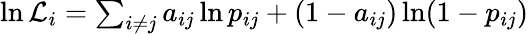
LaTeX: \begin{array}{r}{\ln\mathcal{L}_{i}=\sum_{i\neq j}a_{ij}\ln p_{ij}+(1-a_{ij})\ln(1-p_{ij})}\end{array}